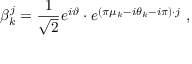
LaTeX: \beta _ { k } ^ { j } = { \frac { 1 } { \sqrt { 2 } } } e ^ { i \vartheta } \cdot e ^ { ( \pi \mu _ { k } - i \theta _ { k } - i \pi ) \cdot j } \ ,